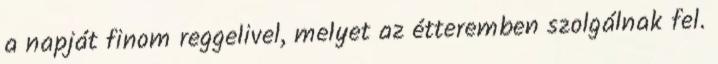
a napját finom reggelivel, melyet az étteremben szolgálnak fel.